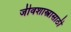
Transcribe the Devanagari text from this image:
जीवशास्त्रासाठी